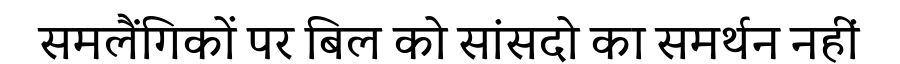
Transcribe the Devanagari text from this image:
समलैंगिकों पर बिल को सांसदो का समर्थन नहीं